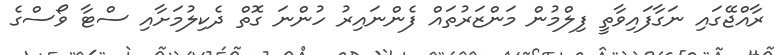
ރާއްޖޭގައި ނަގާފައިވާތީ ފިލްމުން މަންޒަރުތައް ފެންނައިރު ހުންނަ ގޮތް ދެކިލުމަށާއި ސްޓާ ވޯސްގެ